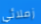
زملائي